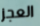
العجز